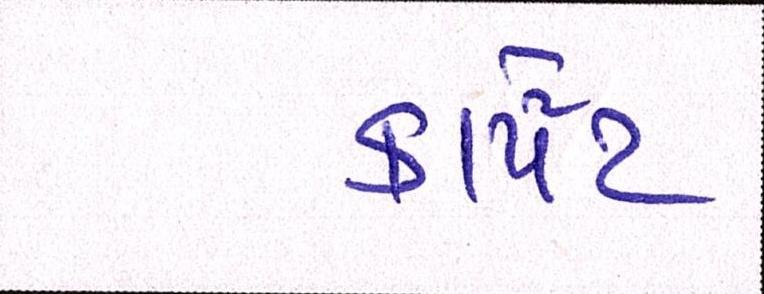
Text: કાર્પેટ